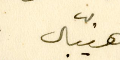
هنيبّال